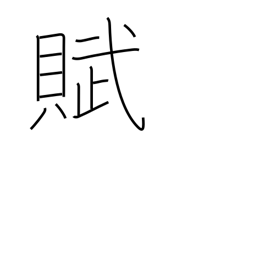
Meaning: prose